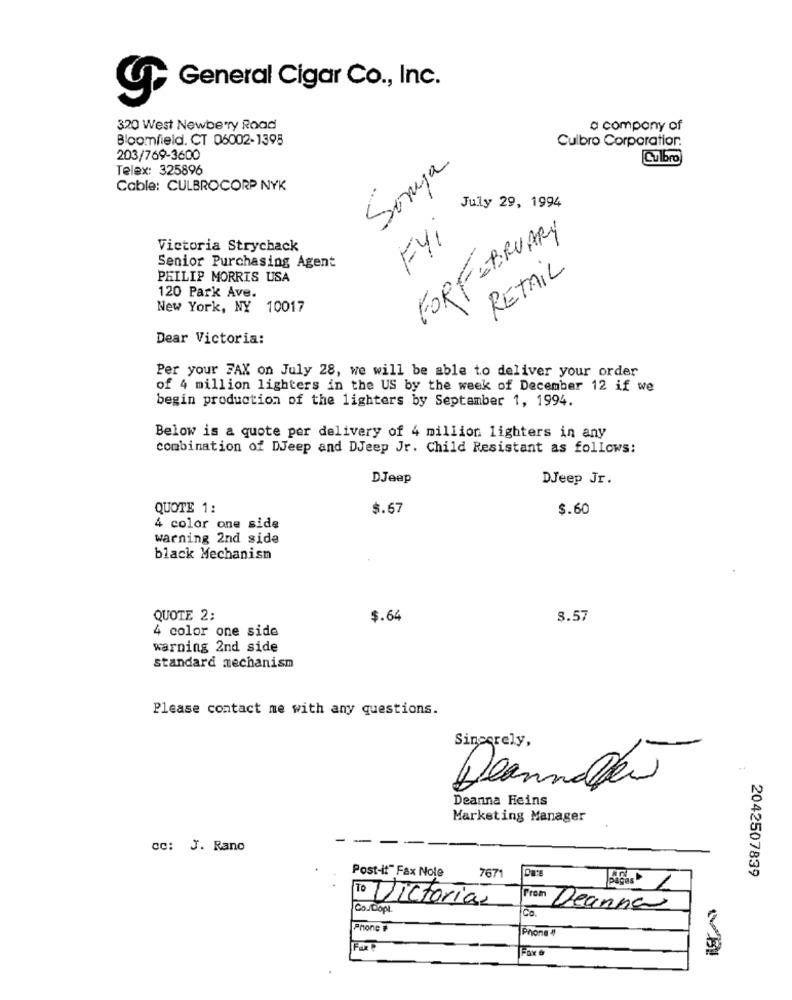
General Cigar Co ., Inc.
320 West Newberry Road
a company of
Bloomfield. CT 06002-1398
Culbro Corporation:
203/769-3600
Culbro
Telex: 325896
Sonja
Cable: CULBROCORP NYK
July 29, 1994
FYI
FORFEBRUARY
Victoria Strychack
Senior Purchasing Agent
RETAIL
PHILIP MORRIS USA
120 Park Ave.
New York, NY 10017
Dear Victoria:
Per your FAX on July 28, we will be able to deliver your order
of 4 million lighters in the US by the week of December 12 if we
begin production of the lighters by September 1, 1994.
Below is a quote per delivery of 4 million lighters in any
combination of DJeep and DJeep Jr. Child Resistant as follows:
DJeep
DJeep Jr.
QUOTE 1:
$.67
$.60
4 color one side
warning 2nd side
black Mechanism
QUOTE 2;
$.64
8.57
4 color one side
warning 2nd side
standard mechanism
Please contact me with any questions.
Sincerely,
Deannale
Deanna Heins
Marketing Manager
-
cc: J. Rano
Post-it" Fax Nole
7671
2042507839
To Victorias
Co.Dopl.
Co.
From Deanna
Phone #
Phone 4
Fax &